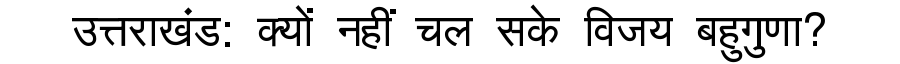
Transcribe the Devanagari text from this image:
उत्तराखंड: क्यों नहीं चल सके विजय बहुगुणा?